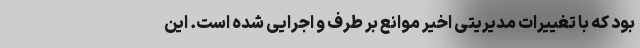
بود که با تغییرات مدیریتی اخیر موانع بر طرف و اجرایی شده است. این